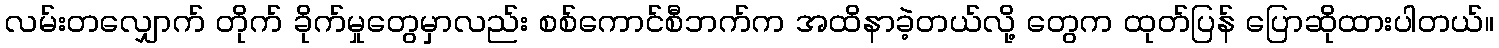
လမ်းတလျှောက် တိုက် ခိုက်မှုတွေမှာလည်း စစ်ကောင်စီဘက်က အထိနာခဲ့တယ်လို့ တွေက ထုတ်ပြန် ပြောဆိုထားပါတယ်။